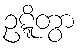
ဥဋ္ဋိတွာ